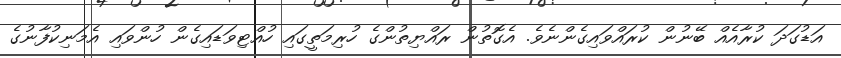
އަޑުގަދަ ކުރާއެއް ބޭނުން ކުރައްވައިގެންނެވެ. އެގޮތުން ރައްޔިތުންގެ ހުރިމަތީގައި ހުއްޓިވަޑައިގެން ހުންވައި އެމަނިކުފާނުގެ